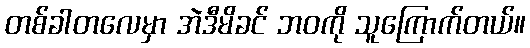
တစ်ခါတလေမှာ အဲဒီမိခင် ဘဝကို သူကြောက်တယ်။